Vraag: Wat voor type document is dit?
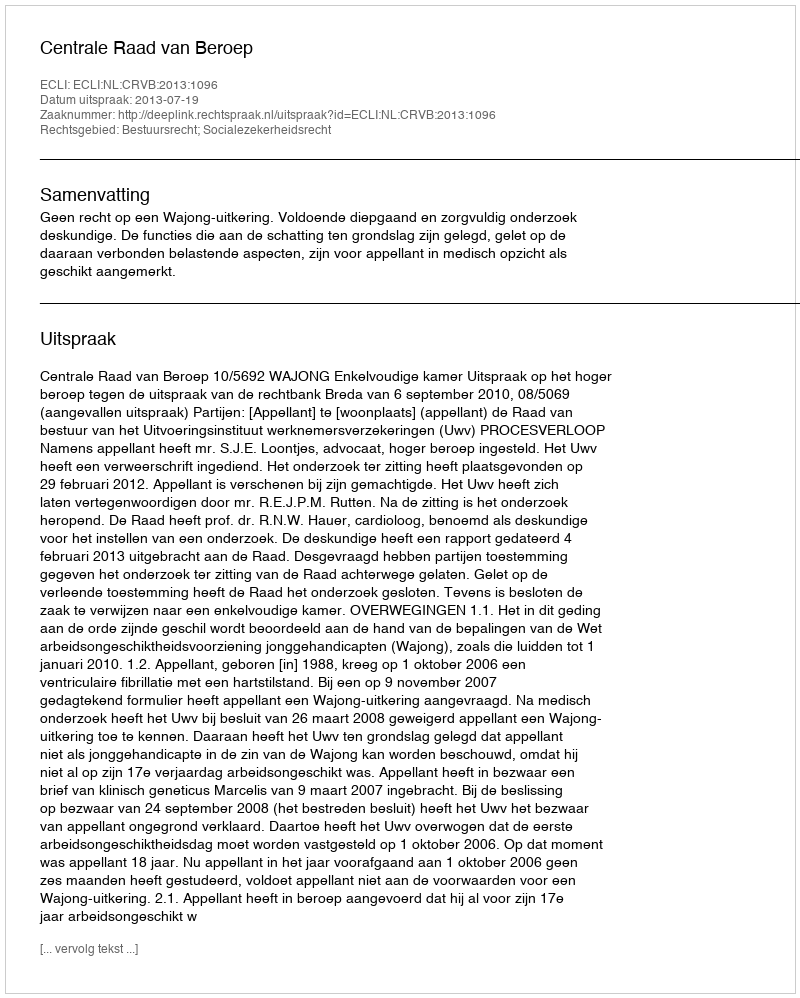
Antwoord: Uitspraak